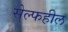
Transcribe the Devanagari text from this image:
सेल्फहील